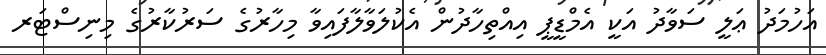
އަހުމަދު ޢަލީ ސަވާދު އަކީ އެމްޑީޕީ އިއްތިހާދުން އެކުލަވާލާފައިވާ މިހާރުގެ ސަރުކާރުގެ މިނިސްޓަރ